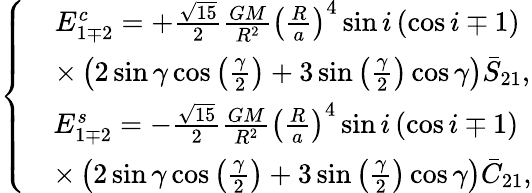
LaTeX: \left\{ \begin{array}{c}{\begin{array}{rl}&{E_{1\mp 2}^{c}=+\frac{\sqrt{15}}{2}\frac{GM}{R^{2}}\left(\frac{R}{a}\right)^{4}\sin i\left(\cos i\mp 1\right)}\\ &{\times\left(2\sin\gamma\cos\left(\frac{\gamma}{2}\right)+3\sin\left(\frac{\gamma}{2}\right)\cos\gamma\right)\bar{S}_{21},}\end{array}}\\ {\begin{array}{rl}&{E_{1\mp 2}^{s}=-\frac{\sqrt{15}}{2}\frac{GM}{R^{2}}\left(\frac{R}{a}\right)^{4}\sin i\left(\cos i\mp 1\right)}\\ &{\times\left(2\sin\gamma\cos\left(\frac{\gamma}{2}\right)+3\sin\left(\frac{\gamma}{2}\right)\cos\gamma\right)\bar{C}_{21},}\end{array}}\end{array}\right.